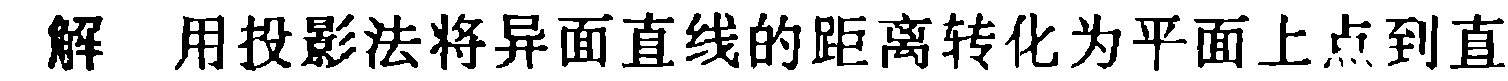
解 用投影法将异面直线的距离转化为平面上点到直